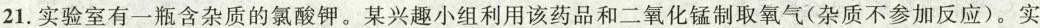
21.实验室有一瓶含杂质的氯酸钾。某兴趣小组利用该药品和二氧化锰制取氧气(杂质不参加反应)。实